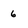
Character: 6